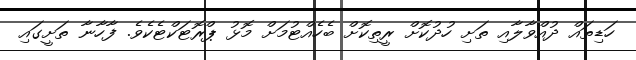
ހަޑިތައް ދުއްވާލާއި ތަށި ހުދުކޮށް ރީތިކޮށް ބެހެއްޓުމަށް މޮޅު ޕްރޮޓަކްޓެކެވެ. ފާހާނާ ތަށީގައި